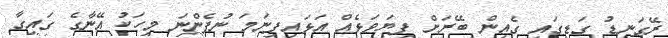
ރޭގަނޑު ގަޑީގައި ގެއިން ބޭރަށް ފިޔަވަޅެއް އަޅައިފިނަމަ ނުފެންނަ މީހަކު އޭނާގެ ގައިގާ